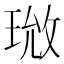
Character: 𪻰